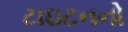
ટાઇટનનો